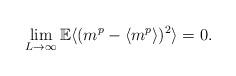
LaTeX: \begin{align*}\lim_{L\rightarrow \infty} {\mathbb E} \langle( m^p- \langle m^p \rangle)^2 \rangle =0.\end{align*}